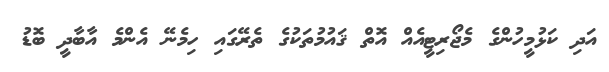
އަދި ކަޅުމީހުންގެ މެޖޯރިޓީއެއް އޮތް ޤައުމުތަކުގެ ތެރޭގައި ހިމެނޭ އެންމެ އާބާދީ ބޮޑު